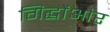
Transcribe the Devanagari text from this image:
गिद्धोंऔर